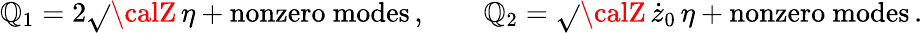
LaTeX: \mathbb{Q}_{1}=2\sqrt{}{{\calZ}}\, \eta+\mathrm{{nonzero~modes}}\, ,\qquad\mathbb{Q}_{2}=\sqrt{}{{\calZ}}\, \dot{{z}}_{0}\, \eta+\mathrm{{nonzero~modes}}\, .